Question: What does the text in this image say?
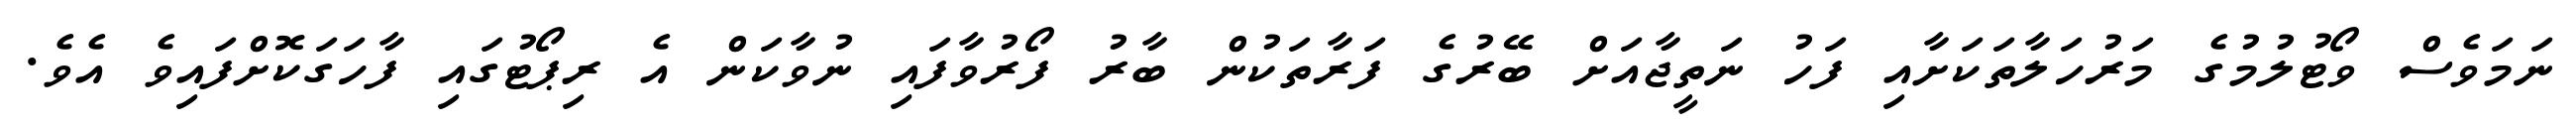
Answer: ނަމަވެސް ވޯޓުލުމުގެ މަރުހަލާތަކަށާއި ފަހު ނަތީޖާއަށް ބޭރުގެ ފަރާތަކުން ބާރު ފޯރުވާފައި ނުވާކަން އެ ރިޕޯޓުގައި ފާހަގަކޮށްފައިވެ އެވެ.